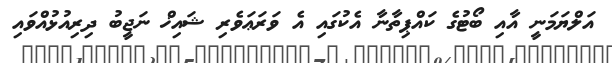
އަލްޔަމަނީ އާއި ބޯޓުގެ ކައްޕިތާނާ އެކުގައި އެ ވަރަޢަވެރި ޝައިޚް ނަޖީބު ދިރިއުޅުއްވައި